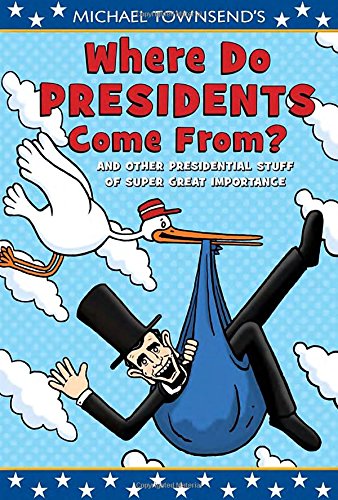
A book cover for Where Do Presidents Come From?: And Other Presidential Stuff of Super Great Importance; Michael Townsend; Children's Books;